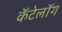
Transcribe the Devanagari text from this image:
कॅटेलॉग